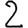
Digit: 2